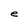
Character: e